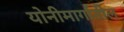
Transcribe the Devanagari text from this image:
योनीमार्गातील